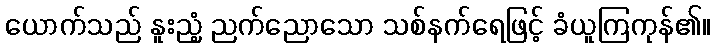
ယောက်သည် နူးညံ့ ညက်ညောသော သစ်နက်ရေဖြင့် ခံယူကြကုန်၏။